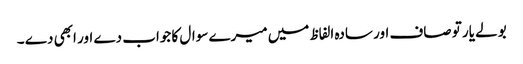
بولے یار تو صاف اور سادہ الفاظ میں میرے سوال کا جواب دے اور ابھی دے ۔